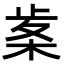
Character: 𭪠